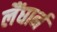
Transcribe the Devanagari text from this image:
लैंघार्न